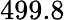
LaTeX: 499.8